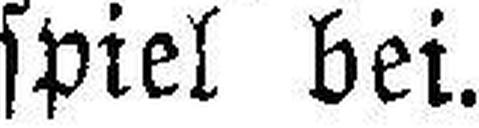
spiel bei.